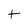
Character: t